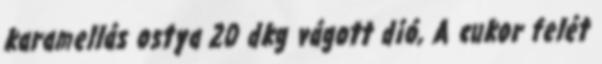
karamellás ostya 20 dkg vágott dió, A cukor felét